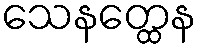
သေနတ္ထေန